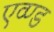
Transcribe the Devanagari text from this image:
एव्ण्ड